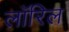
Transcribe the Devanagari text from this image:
लॉरिल